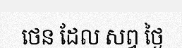
ថេន ដែល សព្វ ថ្ងៃ